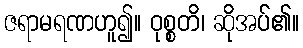
ဇရာမရဏဟူ၍။ ဝုစ္စတိ၊ ဆိုအပ်၏။